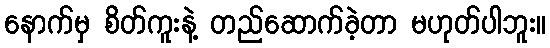
နောက်မှ စိတ်ကူးနဲ့ တည်ဆောက်ခဲ့တာ မဟုတ်ပါဘူး။